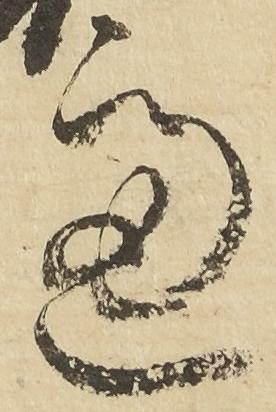
慮